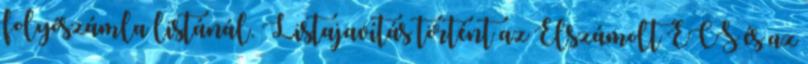
folyószámla listánál. Listajavítás történt az Elszámolt ÉCS és az